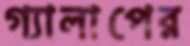
গ্যালাপের